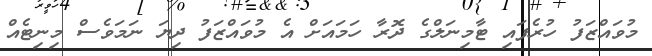
މުވައްޒަފު ހުރެފައި ޓާމިނަލްގެ ދޮރާ ހަމައަށް އެ މުވައްޒަފު ދިޔަ ނަމަވެސް މިނިޓެއް